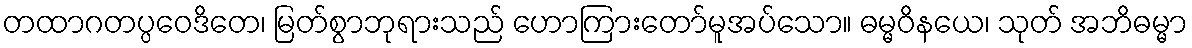
တထာဂတပ္ပဝေဒိတေ၊ မြတ်စွာဘုရားသည် ဟောကြားတော်မူအပ်သော။ ဓမ္မဝိနယေ၊ သုတ် အဘိဓမ္မာ